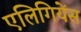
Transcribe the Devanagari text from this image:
एलिगियेंस